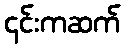
၎င်းကဆက်